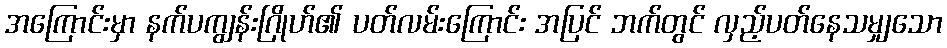
အကြောင်းမှာ နက်ပကျွန်းဂြိုဟ်၏ ပတ်လမ်းကြောင်း အပြင် ဘက်တွင် လှည့်ပတ်နေသမျှသော